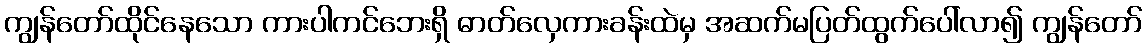
ကျွန်တော်ထိုင်နေသော ကားပါကင်ဘေးရှိ ဓာတ်လှေကားခန်းထဲမှ အဆက်မပြတ်ထွက်ပေါ်လာ၍ ကျွန်တော်